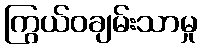
ကြွယ်ဝချမ်းသာမှု